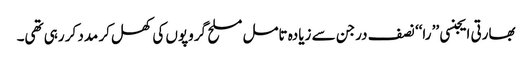
بھارتی ایجنسی ’’ را‘‘ نصف درجن سے زیادہ تامل مسلح گروپوں کی کھل کر مدد کر رہی تھی۔